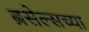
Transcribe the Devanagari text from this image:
ब्रसेल्सच्या